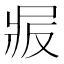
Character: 𠭝